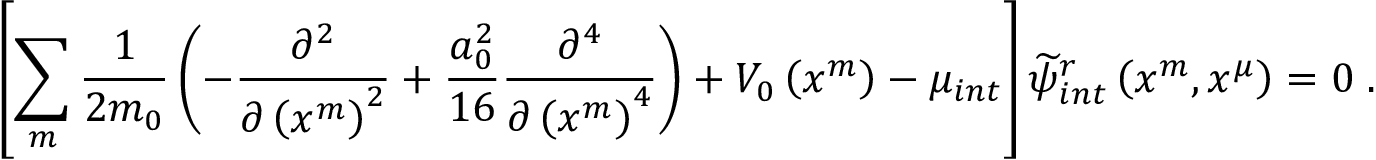
\left[ \sum _ { m } \frac { 1 } { 2 m _ { 0 } } \left( - \frac { \partial ^ { 2 } } { \partial \left( x ^ { m } \right) ^ { 2 } } + \frac { a _ { 0 } ^ { 2 } } { 1 6 } \frac { \partial ^ { 4 } } { \partial \left( x ^ { m } \right) ^ { 4 } } \right) + V _ { 0 } \left( x ^ { m } \right) - \mu _ { i n t } \right] \widetilde { \psi } _ { i n t } ^ { r } \left( x ^ { m } , x ^ { \mu } \right) = 0 \; .